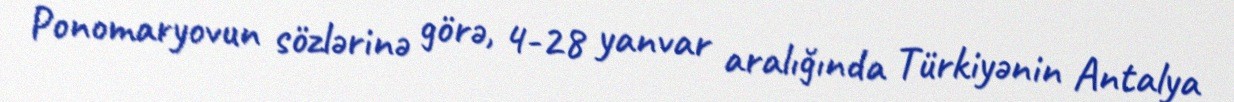
Ponomaryovun sözlərinə görə, 4-28 yanvar aralığında Türkiyənin Antalya